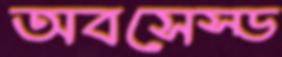
অবসেস্ড